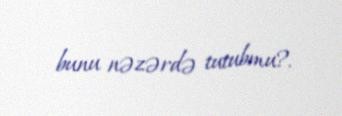
bunu nəzərdə tutubmu?.